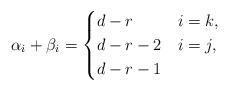
LaTeX: \begin{align*}\alpha_i + \beta_i = \begin{cases}d-r& i=k,\\d-r-2& i=j,\\d-r-1&\end{cases}\end{align*}